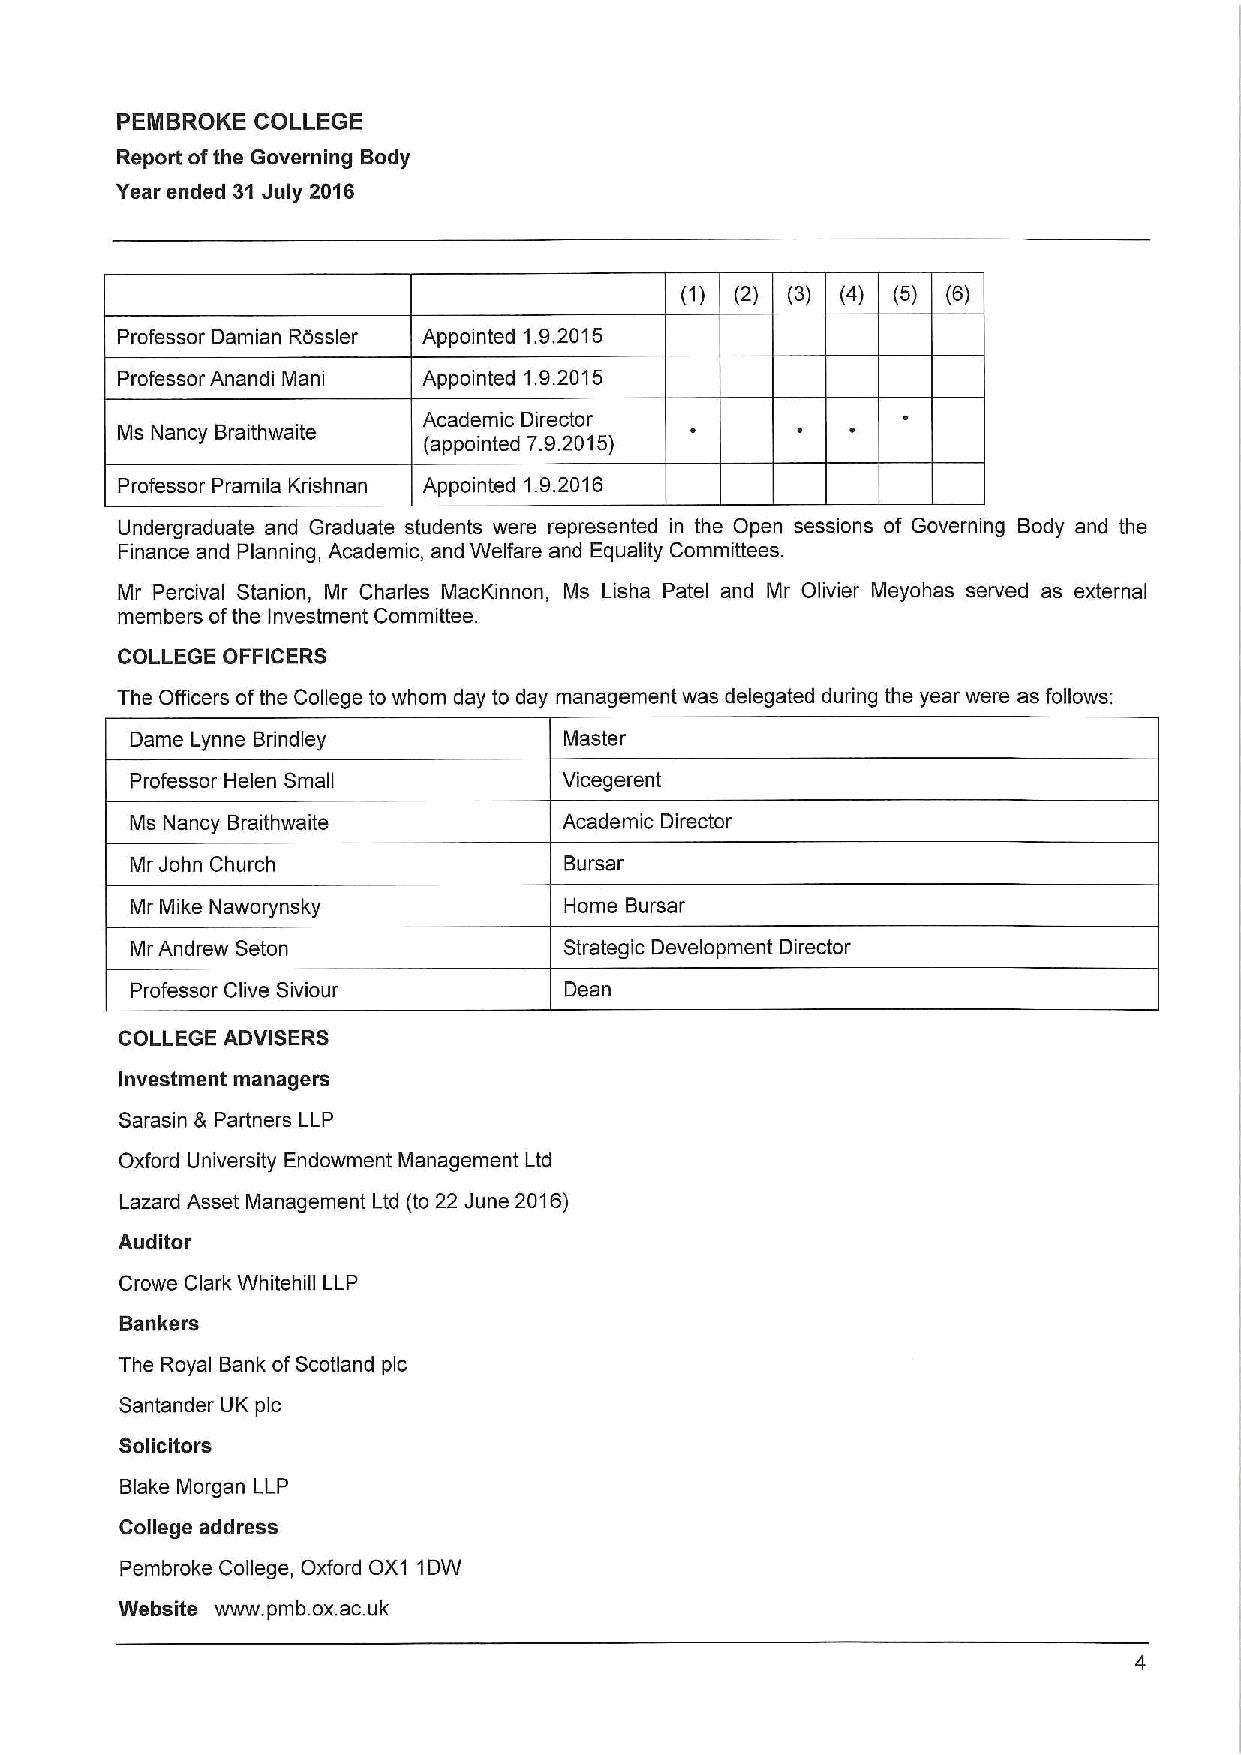
PEMBROKE COLLEGE
 Report ofthe Governing Body
 Year ended 31July 2016
 (1) (2) (3) (4) (5) (6)
 Professor Damian Rossler Appointed 1.9.2015
 Professor Anandi Mani Appointed 1.9.2015
 Academic Director
 Ms Nancy Braithwaite (appointed 7.9.2015)
 Professor Pramila Krishnan Appointed 1.9.2016
 Undergraduate and Graduate students were represented in the Open sessions of Governing Body and the
 Finance and Planning, Academic, and Welfare and Equality Committees.
 Mr Percival Stanion, Mr Charles MacKinnon, Ms Lisha Patel and Mr Olivier Meyohas served as external
 members ofthe Investment Committee.
 COLLEGE OFFICERS
 The Officers ofthe College to whom day to day management was delegated during the year were as follows;
 Dame Lynne Brindley         Master
 Professor Helen Small       Vicegerent
 Ms Nancy Braithwaite        Academic Director
 Mr John Church              Bursar
 Mr Mike Naworynsky          Home Bursar
 Mr Andrew Seton             Strategic Development Director
 Professor Clive Siviour     Dean
 COLLEGE ADVISERS
 Investment managers
 Sarasin & Partners LLP
 Oxford University Endowment Management Ltd
 Lazard Asset Management Ltd (to 22 June 2016)
 Auditor
 Crowe Clark Whitehill LLP
 Bankers
 The Royal Bank ofScotland pic
 Santander UK pic
 Solicitors
 Blake Morgan LLP
 College address
 Pembroke College, Oxford OX1 1DW
 Website www. pmb. ox.ac.uk